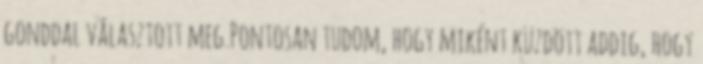
gonddal választott meg.Pontosan tudom, hogy miként küzdött addig, hogy